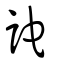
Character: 詑